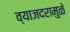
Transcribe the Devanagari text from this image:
व्याजदरामुळे